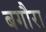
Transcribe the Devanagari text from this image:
बगौरा